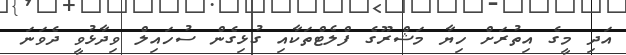
އަދި މީގެ އިތުރަށް ހިޔާ މަޝްރޫގެ ފްލެޓްތަކާއި ގުޅިގެން ސުހައިލް ވިދާޅުވީ ދެވަނަ